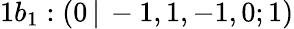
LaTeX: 1b_{1}:(0\, |\, -1,1,-1,0;1)